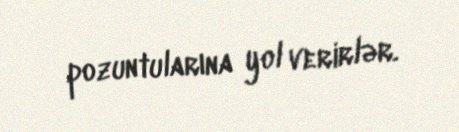
pozuntularına yol verirlər.